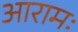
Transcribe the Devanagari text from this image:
आरामः